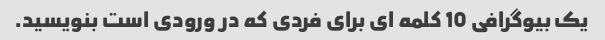
یک بیوگرافی 10 کلمه ای برای فردی که در ورودی است بنویسید.